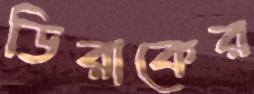
ডিরাকের